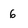
Character: 6